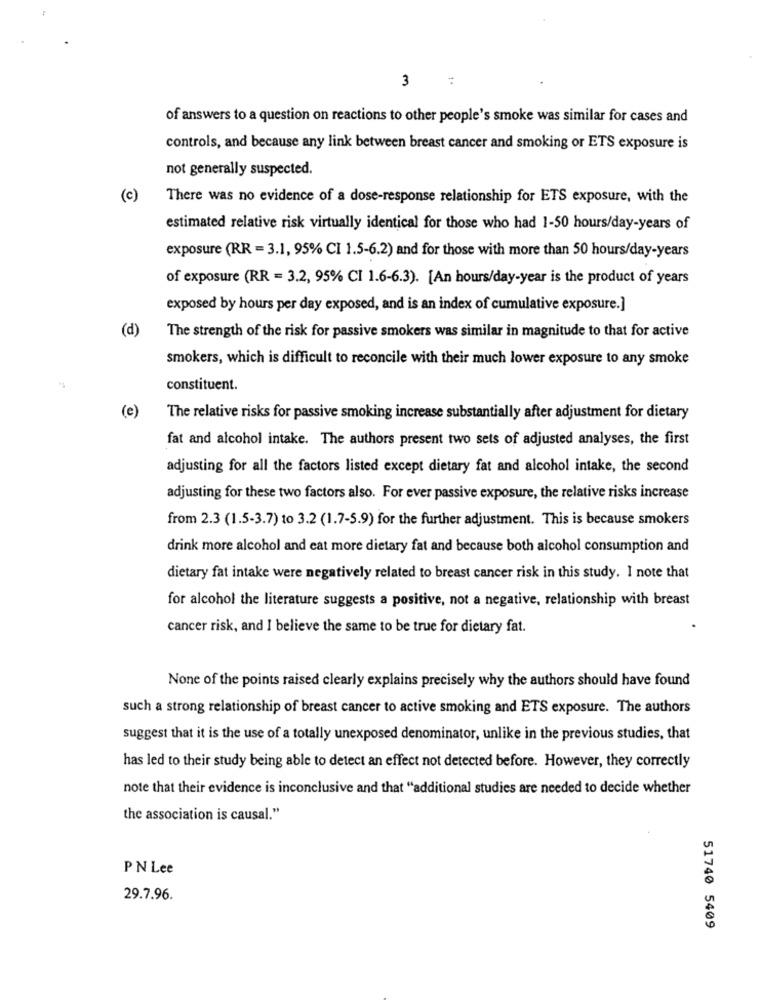
m
of answers to a question on reactions to other people's smoke was similar for cases and
controls, and because any link between breast cancer and smoking or ETS exposure is
not generally suspected.
(c)
There was no evidence of a dose-response relationship for ETS exposure, with the
estimated relative risk virtually identical for those who had 1-50 hours/day-years of
exposure (RR = 3.1, 95% CI 1.5-6.2) and for those with more than 50 hours/day-years
of exposure (RR = 3.2, 95% CI 1.6-6.3). [An hours/day-year is the product of years
exposed by hours per day exposed, and is an index of cumulative exposure.]
(d)
The strength of the risk for passive smokers was similar in magnitude to that for active
smokers, which is difficult to reconcile with their much lower exposure to any smoke
constituent.
(e)
The relative risks for passive smoking increase substantially after adjustment for dietary
fat and alcohol intake. The authors present two sets of adjusted analyses, the first
adjusting for all the factors listed except dietary fat and alcohol intake, the second
adjusting for these two factors also. For ever passive exposure, the relative risks increase
from 2.3 (1.5-3.7) to 3.2 (1.7-5.9) for the further adjustment. This is because smokers
drink more alcohol and eat more dietary fat and because both alcohol consumption and
dietary fat intake were negatively related to breast cancer risk in this study. I note that
for alcohol the literature suggests a positive, not a negative, relationship with breast
cancer risk, and I believe the same to be true for dietary fat.
None of the points raised clearly explains precisely why the authors should have found
such a strong relationship of breast cancer to active smoking and ETS exposure. The authors
suggest that it is the use of a totally unexposed denominator, unlike in the previous studies, that
has led to their study being able to detect an effect not detected before. However, they correctly
note that their evidence is inconclusive and that "additional studies are needed to decide whether
the association is causal."
PN Lee
29.7.96.
51740 5409